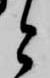
と